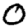
Digit: 0